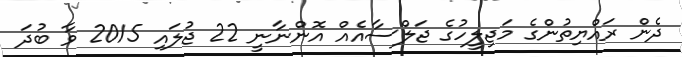
ދެން ރައްޔިތުންގެ މަޖިލީހުގެ ޖަލްސާއެއް އޮންނާނީ 22 ޖުލައި 2015 ވާ ބުދަ